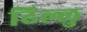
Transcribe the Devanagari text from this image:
ढिल्लु